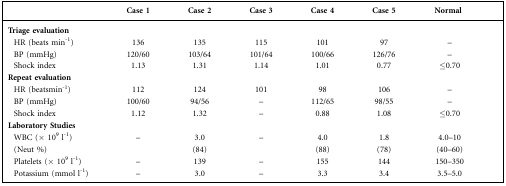
<table><thead><tr><td></td><td><b>Case 1</b></td><td><b>Case 2</b></td><td><b>Case 3</b></td><td><b>Case 4</b></td><td><b>Case 5</b></td><td><b>Normal</b></td></tr></thead><tbody><tr><td><b>Triage evaluation</b></td><td></td><td></td><td></td><td></td><td></td><td></td></tr><tr><td> HR (beats min<sup>−1</sup>)</td><td>136</td><td>135</td><td>115</td><td>101</td><td>97</td><td>–</td></tr><tr><td> BP (mmHg)</td><td>120/60</td><td>103/64</td><td>101/64</td><td>100/66</td><td>126/76</td><td>–</td></tr><tr><td> Shock index</td><td>1.13</td><td>1.31</td><td>1.14</td><td>1.01</td><td>0.77</td><td>≤0.70</td></tr><tr><td><b>Repeat evaluation</b></td><td></td><td></td><td></td><td></td><td></td><td></td></tr><tr><td> HR (beatsmin<sup>−1</sup>)</td><td>112</td><td>124</td><td>101</td><td>98</td><td>106</td><td>–</td></tr><tr><td> BP (mmHg)</td><td>100/60</td><td>94/56</td><td>–</td><td>112/65</td><td>98/55</td><td>–</td></tr><tr><td> Shock index</td><td>1.12</td><td>1.32</td><td>–</td><td>0.88</td><td>1.08</td><td>≤0.70</td></tr><tr><td><b>Laboratory Studies</b></td><td></td><td></td><td></td><td></td><td></td><td></td></tr><tr><td> WBC (× 10<sup>9</sup> l<sup>−1</sup>)</td><td>–</td><td>3.0</td><td>–</td><td>4.0</td><td>1.8</td><td>4.0–10</td></tr><tr><td> (Neut %)</td><td></td><td>(84)</td><td></td><td>(88)</td><td>(78)</td><td>(40–60)</td></tr><tr><td> Platelets (× 10<sup>9</sup> l<sup>−1</sup>)</td><td>–</td><td>139</td><td>–</td><td>155</td><td>144</td><td>150–350 </td></tr><tr><td> Potassium (mmol l<sup>−1</sup>)</td><td>–</td><td>3.0</td><td>–</td><td>3.3</td><td>3.4</td><td>3.5–5.0 </td></tr></tbody></table>